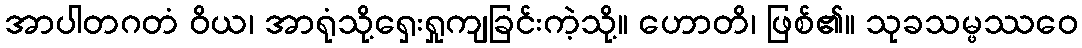
အာပါတဂတံ ဝိယ၊ အာရုံသို့ရှေးရှုကျခြင်းကဲ့သို့။ ဟောတိ၊ ဖြစ်၏။ သုခသမ္ဖဿဝေ